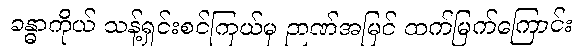
ခန္ဓာကိုယ် သန့်ရှင်းစင်ကြယ်မှ ဉာဏ်အမြင် ထက်မြက်ကြောင်း